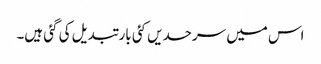
اس میں سرحدیں کئی بار تبدیل کی گئی ہیں۔